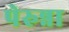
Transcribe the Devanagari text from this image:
पेरुन्ना